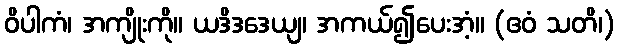
ဝိပါကံ၊ အကျိုးကို။ ယဒိဒဒေယျ၊ အကယ်၍ပေးအံ့။ (ဧဝံ သတိ၊)